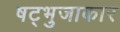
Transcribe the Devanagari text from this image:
षट्भुजाकार